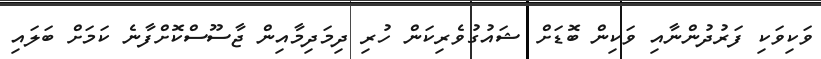
ވަކިވަކި ފަރުދުންނާއި ވަކިން ބޮޑަށް ޝައުގުވެރިކަން ހުރި ދިމަދިމާއިން ޖާސޫސްކޮށްފާނެ ކަމަށް ބަލައި